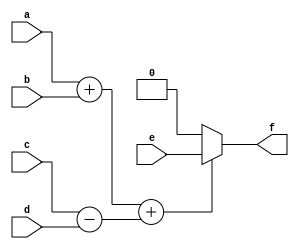
module fun (a, b, c, d, e, f);

input a,b,c,d,e;
output wire f;

function call;
       input a,b,c,d;	
	begin 
	call = ((a+b)+(c-d));
end
endfunction

assign f = (call(a,b,c,d)) ? e:0;

endmodule